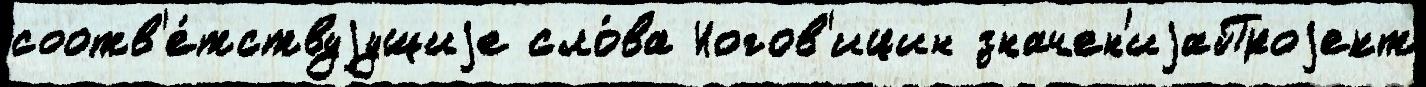
соотв'е́тствуjущиjе сло́ва Ногов'ицин значен'иjаПроjект